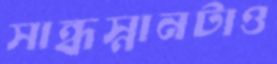
সান্ধস্নানটাও